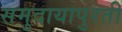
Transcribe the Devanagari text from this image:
समुदायापुरती